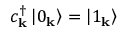
c _ { \mathbf { k } } ^ { \dagger } \left| 0 _ { \mathbf { k } } \right\rangle = \left| 1 _ { \mathbf { k } } \right\rangle